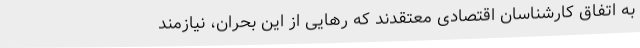
به اتفاق کارشناسان اقتصادی معتقدند که رهایی از این بحران، نیازمند